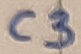
Text: C3